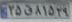
۳۵ق۸۱۵۲۹